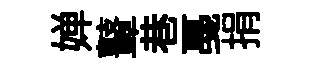
婵鼙巷戞捐